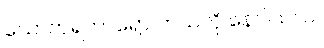
သောက်ရတာရော ဘယ်လို နေပါသလဲ။